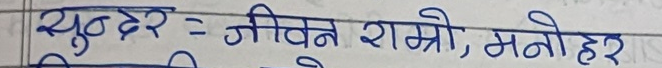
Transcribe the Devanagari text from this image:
युठ्ठर = जीवन राम्रो, मनोहर